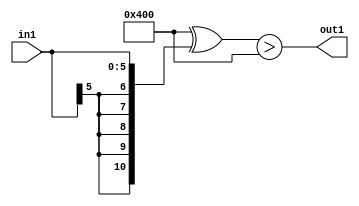
`timescale 1ps / 1ps
/*****************************************************************************
    Verilog RTL Description
    
    
    Created by: Stratus DpOpt 21.05.01 
*******************************************************************************/

module SobelFilter_Gti0s6_4 (
	in1,
	out1
	); /* architecture "behavioural" */ 
input [5:0] in1;
output  out1;
wire  asc001;

assign asc001 = ((11'B10000000000 ^ {{5{in1[5]}}, in1})>(11'B10000000000 ^ 11'B00000000000));

assign out1 = asc001;
endmodule

/* CADENCE  ubL4Qw4= : u9/ySxbfrwZIxEzHVQQV8Q== ** DO NOT EDIT THIS LINE ******/